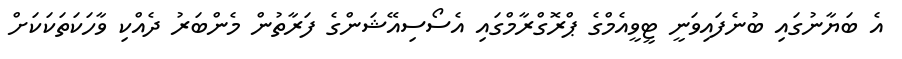
އެ ބަޔާނުގައި ބުނެފައިވަނީ ޓީވީއެމްގެ ޕްރޮގްރާމްގައި އެސޯސިއޭޝަންގެ ފަރާތުން މެންބަރު ދެއްކި ވާހަކަތަކަކަށް